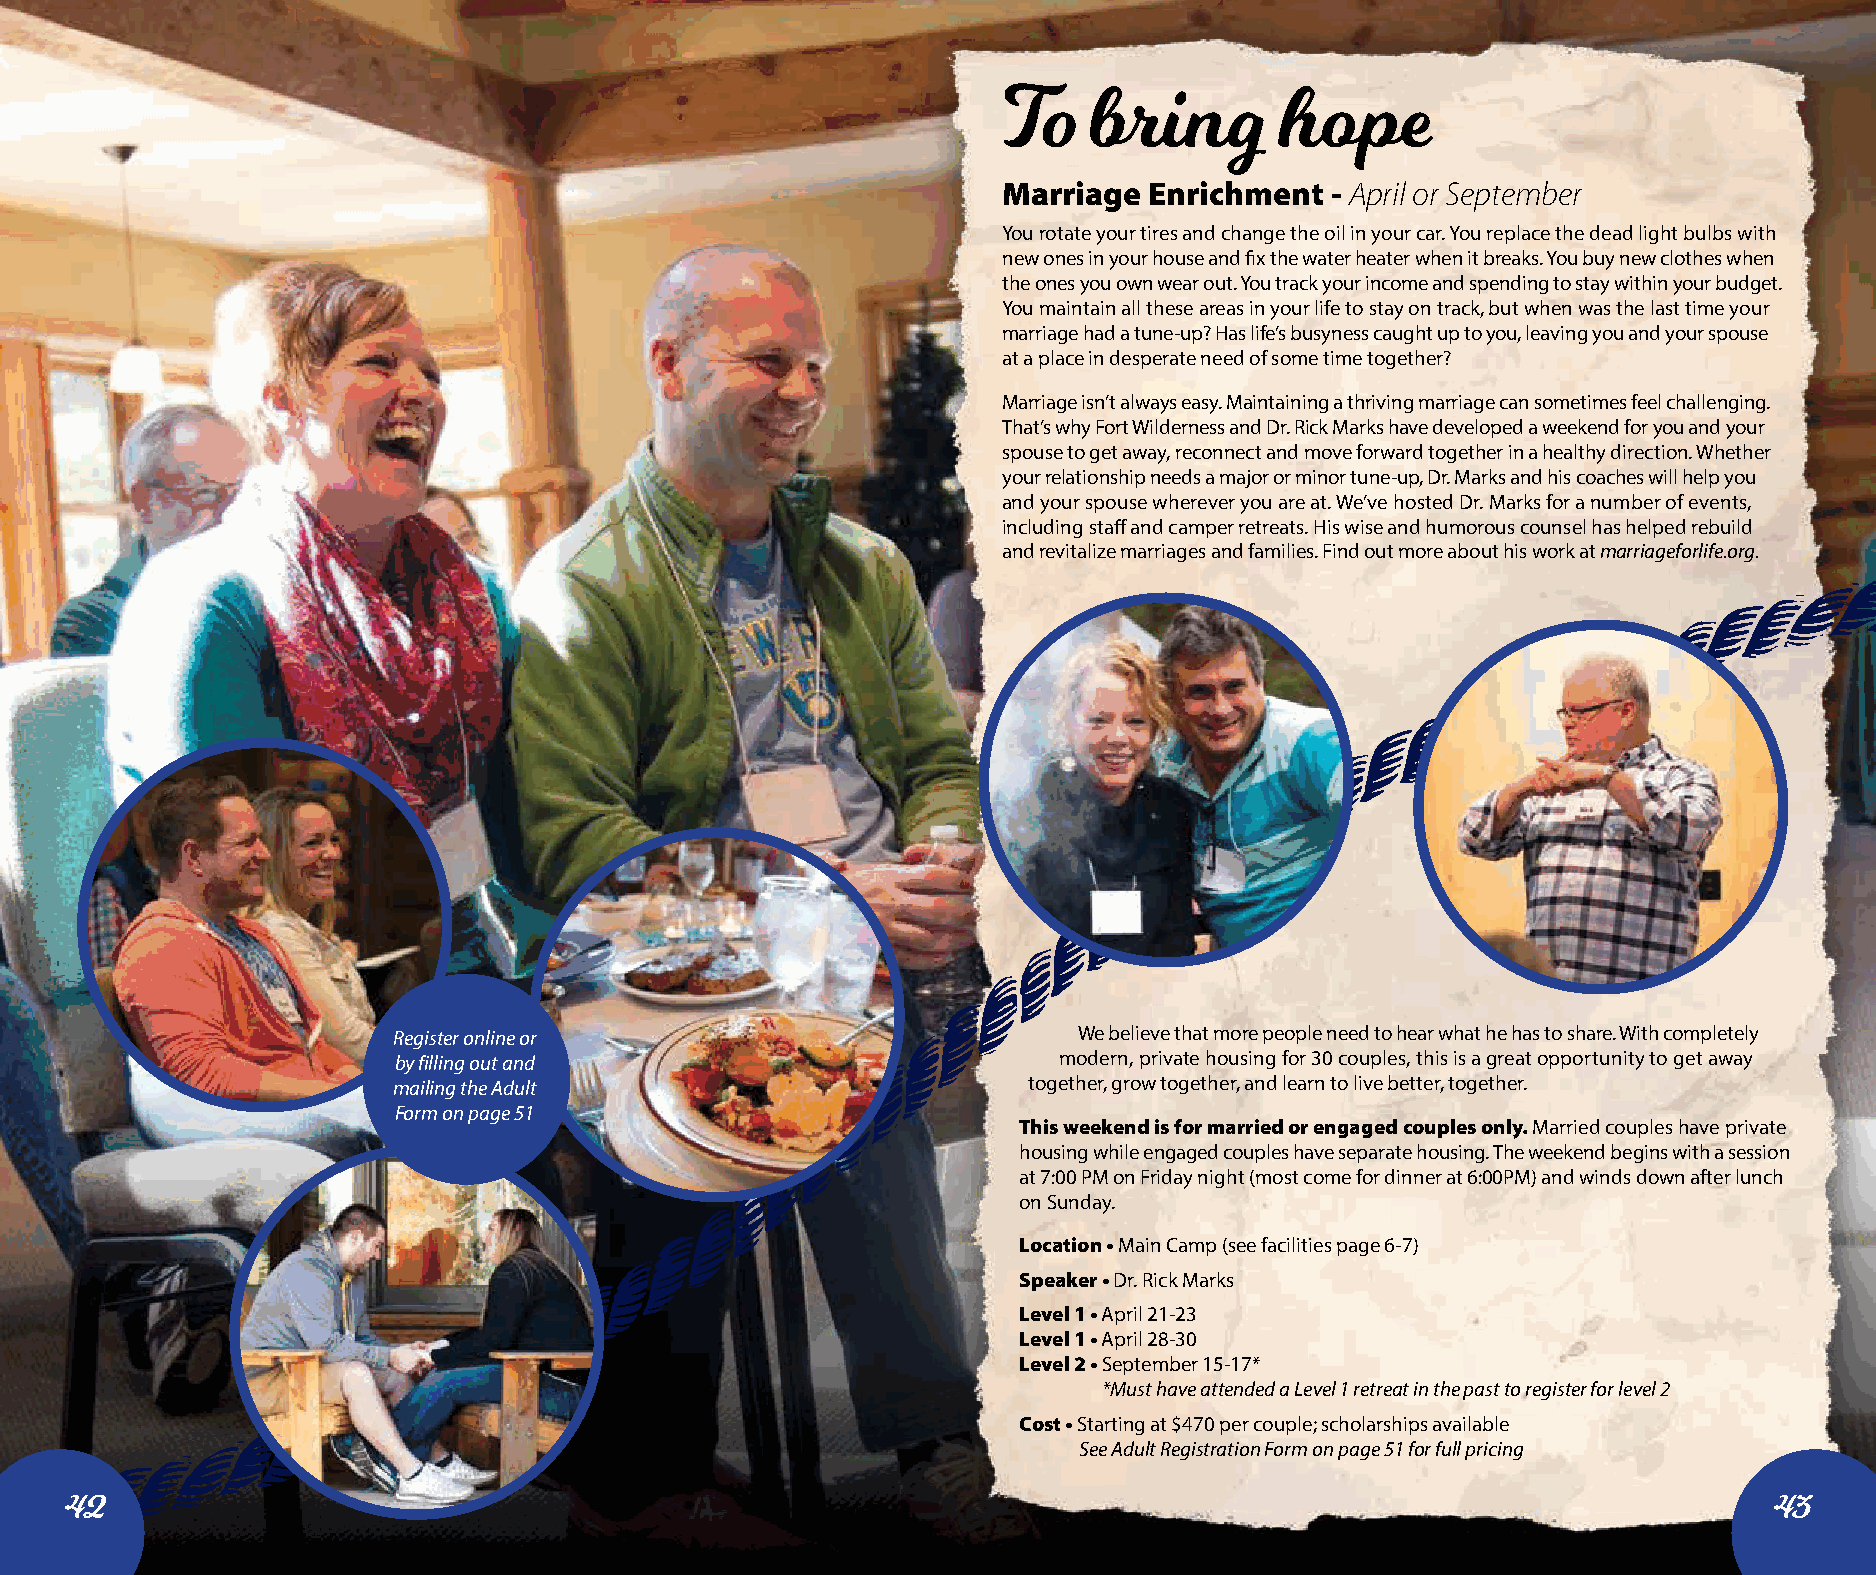
To    bring        hope
 Marriage  Enrichment  - April or September
 You rotate your tires and change the oil in your car. You replace the dead light bulbs with
 new ones in your house and fix the water heater when it breaks. You buy new clothes when
 the ones you own wear out. You track your income and spending to stay within your budget.
 You maintain all these areas in your life to stay on track, but when was the last time your
 marriage had a tune-up? Has life’s busyness caught up to you, leaving you and your spouse
 at a place in desperate need of some time together?
 Marriage isn’t always easy. Maintaining a thriving marriage can sometimes feel challenging.
 That’s why Fort Wilderness and Dr. Rick Marks have developed a weekend for you and your
 spouse to get away, reconnect and move forward together in a healthy direction. Whether
 your relationship needs a major or minor tune-up, Dr. Marks and his coaches will help you
 and your spouse wherever you are at. We’ve hosted Dr. Marks for a number of events,
 including staff and camper retreats. His wise and humorous counsel has helped rebuild
 and revitalize marriages and families. Find out more about his work at marriageforlife.org.
 Register online or                           We believe that more people need to hear what he has to share. With completely
 by filling out and                          modern, private housing for 30 couples, this is a great opportunity to get away
 mailing the Adult                         together, grow together, and learn to live better, together.
 Form on page 51
 This weekend is for married or engaged couples only. Married couples have private
 housing while engaged couples have separate housing. The weekend begins with a session
 at 7:00 PM on Friday night (most come for dinner at 6:00PM) and winds down after lunch
 on Sunday.
 Location • Main Camp (see facilities page 6-7)
 Speaker • Dr. Rick Marks
 Level 1 • April 21-23
 Level 1 • April 28-30
 Level 2 • September 15-17*
 *Must have attended a Level 1 retreat in the past to register for level 2
 Cost • Starting at $470 per couple; scholarships available
 See Adult Registration Form on page 51 for full pricing
 42                                                                                                               43